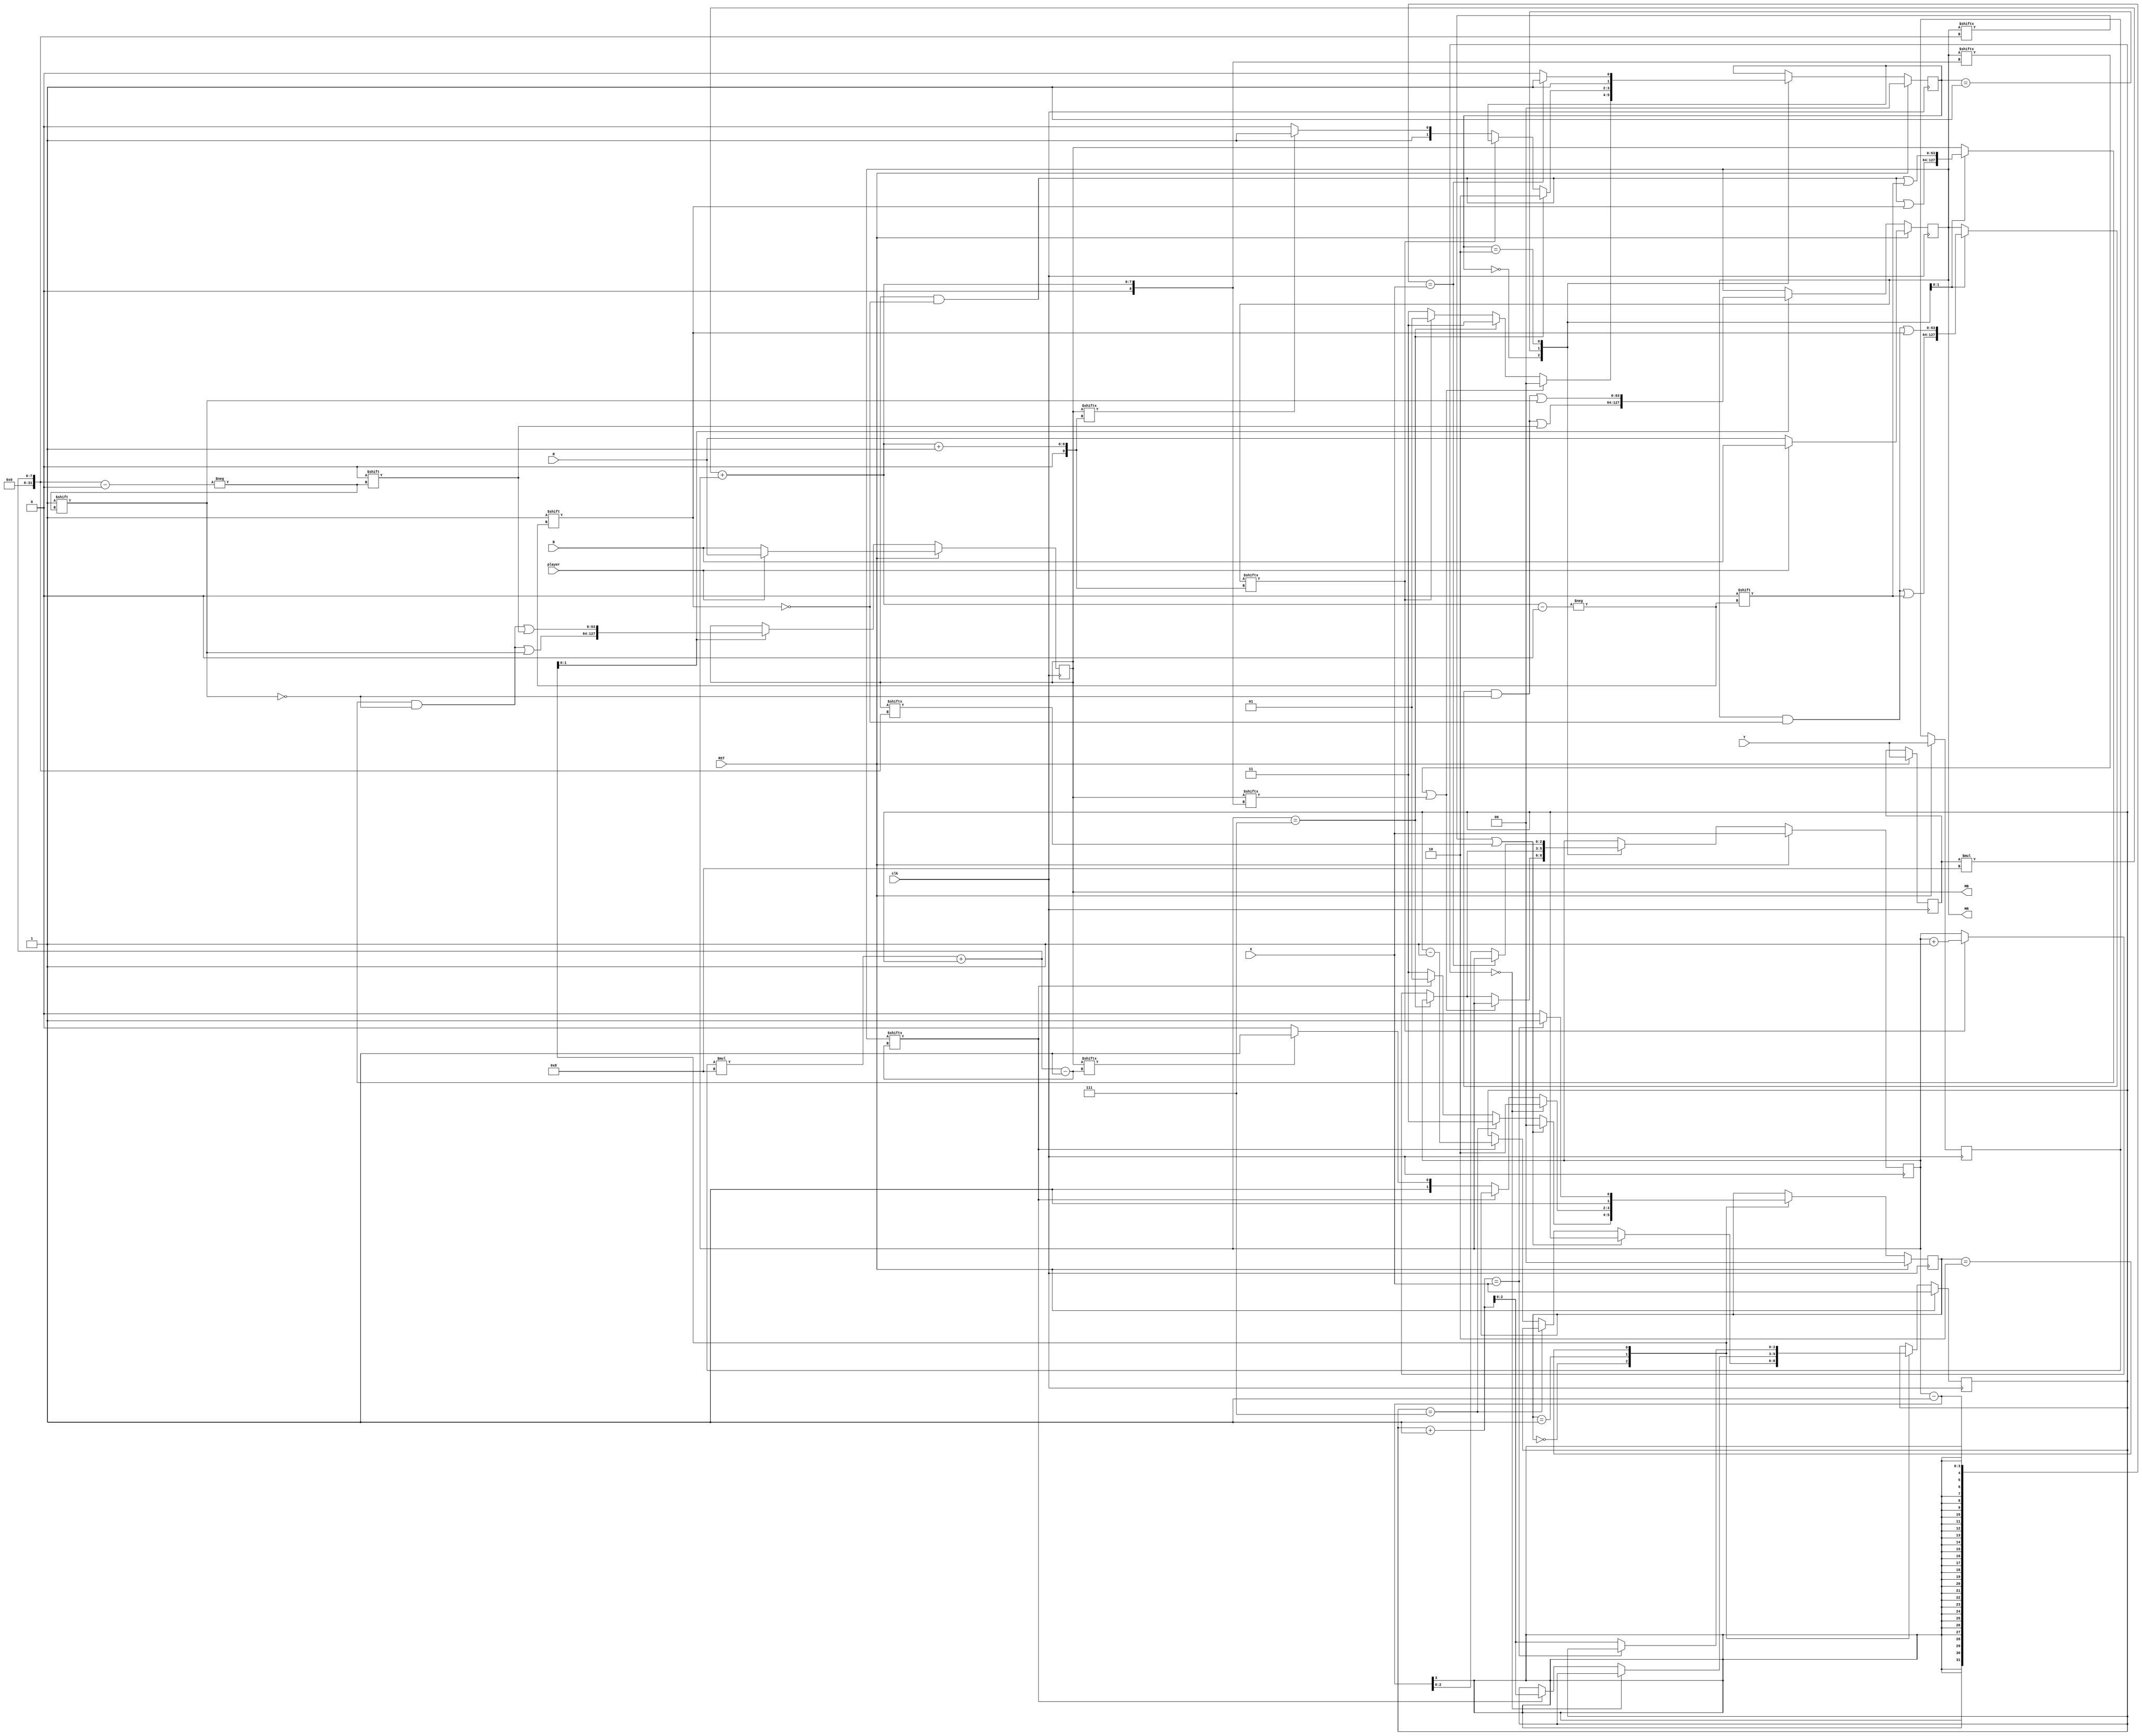
`timescale 1ns / 1ps
//////////////////////////////////////////////////////////////////////////////////
// Company: 
// Engineer: 
// 
// Design Name: 
// Module Name:    board_move 
// Project Name:   The FPGA Othello Game
// Target Devices: spartan3E
// Tool versions: 
// Description: 
//
// Dependencies: 
//
// Revision: 
// Revision 0.01 - File Created
// Additional Comments: 
//
//////////////////////////////////////////////////////////////////////////////////
module board_move(clk, B, R, X, Y, player, MB, MR, RST);
/* Input: Othello 64bit board R - red player, B - blue player*/
input [63:0] R;
input [63:0] B;

/* Input: clock signal */
input clk;

/* Input: reset signal: initializes FSM adn outputs */
input RST;

/* Input: X, Y coordinates in Othello board 8x8 */
input [2:0]  X;
input [2:0]  Y;

/* Input: current player color RED or BLUE */
input player;

/* Output: New 64bit Othello board for BLUE player (MB) and for RED player (MR)*/
output [63:0] MB;
output [63:0] MR;

/* internal: flip-flops */
/*
reg [7:0] oponent_ff_d[7:0];
reg [7:0] current_ff_d[7:0];

reg [7:0] oponent_ff_q[7:0];
reg [7:0] current_ff_q[7:0];
*/

reg [63:0] oponent_ff_d;
reg [63:0] current_ff_d;

reg [63:0] oponent_ff_q;
reg [63:0] current_ff_q;


reg [2:0] countx_ff_d;
reg [2:0] countx_ff_q;

reg [2:0] county_ff_d;
reg [2:0] county_ff_q;

reg [2:0] count2x_ff_d;
reg [2:0] count2x_ff_q;

reg [2:0] count2y_ff_d;
reg [2:0] count2y_ff_q;

/* internal: FSM state ff */
reg [1:0] state_ff_q;
reg [1:0] state_ff_d;

reg [1:0] state2_ff_q;
reg [1:0] state2_ff_d;

/* internal: FSM states */
parameter RESET  = 2'b00;
parameter FLIP   = 2'b01;
parameter WRONG  = 2'b10;
parameter FINISH = 2'b11;

/* constants */
parameter DISC_ON  = 1'b1;
parameter DISC_OFF = 1'b0;
parameter LIMIT    = 3'd7;
parameter NO_DISC  = 1'b0;
parameter RED		 = 1'b1;

/* FSM Output logic */
always @(state_ff_q or countx_ff_q or county_ff_q)
   begin
		/* oponent */
		oponent_ff_d = oponent_ff_q;
		
		/* current player */
		current_ff_d = current_ff_q;
		
		case (state_ff_q)			

			/* FLIP state: flip the pieces */
			FLIP: begin
						/* oponent will remain with no disc on that position */
						oponent_ff_d[county_ff_q*8 + countx_ff_q] = DISC_OFF;
						/* disc is ours */
						current_ff_d[county_ff_q*8 + countx_ff_q] = DISC_ON;
					end

			/* WRONG state: flip back the pieces */
			WRONG: begin
						/* give the disc back to oponent */
						oponent_ff_d[county_ff_q*8 + countx_ff_q] = DISC_ON;
						current_ff_d[county_ff_q*8 + countx_ff_q] = DISC_OFF;
					 end
						
			/* mantain the outputs */
			default: begin
							oponent_ff_d = oponent_ff_q;
							current_ff_d = current_ff_q;
						end
			 
		endcase
		
		case (state2_ff_q)			

			/* FLIP state: flip the pieces */
			FLIP: begin
						/* oponent will remain with no disc on that position */
						oponent_ff_d[count2y_ff_q*8 + count2x_ff_q] = DISC_OFF;
						/* disc is ours */
						current_ff_d[count2y_ff_q*8 + count2x_ff_q] = DISC_ON;
					end

			/* WRONG state: flip back the pieces */
			WRONG: begin
						/* give the disc back to oponent */
						oponent_ff_d[count2y_ff_q*8 + count2x_ff_q] = DISC_ON;
						current_ff_d[count2y_ff_q*8 + count2x_ff_q] = DISC_OFF;
					 end
						
			/* mantain the outputs */
			default: begin
							oponent_ff_d = oponent_ff_q;
							current_ff_d = current_ff_q;
						end
			 
		endcase
		
	end


/* FSM next state logic */
always @(state_ff_q or countx_ff_q or county_ff_q)
begin

case (state_ff_q)
	 /* RESET state, prepare to flip the discs */
	 RESET: begin
			     if ( (oponent_ff_q[county_ff_q*8 + countx_ff_q] | current_ff_q[county_ff_q*8 + countx_ff_q]) == NO_DISC )
				  /* if the square is empty */
				  begin
						if ( countx_ff_q == LIMIT )
						/* if this is the last square, nothing to flip on this direction */
						begin	
							state_ff_d = FINISH;
							countx_ff_d = countx_ff_q;
							county_ff_d = county_ff_q;
						end
						else begin
							if ( oponent_ff_q[county_ff_q*8 + countx_ff_q + 1] == DISC_ON )
							/* check if there is an oponent disc */
							begin
								/* yes, go to FLIP state, and increment X */
								state_ff_d = FLIP;	
								countx_ff_d = countx_ff_q + 1;
								county_ff_d = county_ff_q;								
							end
							else begin
								/* if no, means that we have nothing to flip => FINISH */
								state_ff_d = FINISH;
								countx_ff_d = countx_ff_q;
								county_ff_d = county_ff_q;
							end
						end
				  end
				  else begin
						/* error: should happen */
						state_ff_d = RESET;
						countx_ff_d = countx_ff_q;
						county_ff_d = county_ff_q;
				  end
			  end
	 /* FLIP state: in this state we flip the discs, and see if we still have to flip or we are finished */
    FLIP: begin
				 if (countx_ff_q == LIMIT) begin
							/* if we are here, it means that we have no disc to flanc with */
							state_ff_d = WRONG;
							countx_ff_d = countx_ff_q;
							county_ff_d = county_ff_q;
				 end
             else begin
	 				if ( oponent_ff_q[county_ff_q*8 + countx_ff_q + 1] == DISC_ON ) 
					/* if next to us is an oponent disc, mantain FLIP */
					begin
						state_ff_d = state_ff_q;						
						countx_ff_d = countx_ff_q + 1;
						county_ff_d = county_ff_q;						
					end
					else begin
						if ( current_ff_q[county_ff_q*8 + countx_ff_q + 1] == DISC_ON )
						/* if it's our color the disc next to us, we can flanc all the oponent discs, so we are finish */
						begin
							state_ff_d = FINISH;
							countx_ff_d = countx_ff_q;
							county_ff_d = county_ff_q;							
						end
						else begin
							/* if it's niether our disc or oponent's disc, means square is empty, so nothing to flip  */
							state_ff_d = WRONG;
							countx_ff_d = countx_ff_q;
							county_ff_d = county_ff_q;							
						end
					end
				 end	
			  end
	 /* WRONG state: we flip the discs back in this state */	 
	 WRONG:
			 begin
				if (countx_ff_q - 1  == X)
				/* check if we are finished */
				begin
					state_ff_d = FINISH;
					countx_ff_d = countx_ff_q;
					county_ff_d = county_ff_q;					
				end
				else begin
				/* we mantain the state, keep flipping back */
				   state_ff_d = WRONG;
					countx_ff_d = countx_ff_q - 1;
					county_ff_d = county_ff_q;					
				end
			 end
	 
    /* default state, mantain counters and state */
	 default:
	     begin
			state_ff_d = state_ff_q;
			countx_ff_d = countx_ff_q;
			county_ff_d = county_ff_q;
		  end
endcase
end

/* FSM next state logic */
always @(state2_ff_q or count2x_ff_q or count2y_ff_q)
begin

case (state2_ff_q)
	 /* RESET state, prepare to flip the discs */
	 RESET: begin
			     if ( (oponent_ff_q[count2y_ff_q*8 + count2x_ff_q] | current_ff_q[count2y_ff_q*8 + count2x_ff_q]) == NO_DISC )
				  /* if the square is empty */
				  begin
						if ( count2x_ff_q == LIMIT )
						/* if this is the last square, nothing to flip on this direction */
						begin	
							state2_ff_d = FINISH;
							count2x_ff_d = count2x_ff_q;
							count2y_ff_d = count2y_ff_q;
						end
						else begin
							if ( oponent_ff_q[count2y_ff_q*8 + count2x_ff_q - 1] == DISC_ON )
							/* check if there is an oponent disc */
							begin
								/* yes, go to FLIP state, and increment X */
								state2_ff_d = FLIP;	
								count2x_ff_d = count2x_ff_q - 1;
								count2y_ff_d = count2y_ff_q;								
							end
							else begin
								/* if no, means that we have nothing to flip => FINISH */
								state2_ff_d = FINISH;
								count2x_ff_d = count2x_ff_q;
								count2y_ff_d = count2y_ff_q;
							end
						end
				  end
				  else begin
						/* error: should happen */
						state2_ff_d = RESET;
						count2x_ff_d = count2x_ff_q;
						count2y_ff_d = count2y_ff_q;
				  end
			  end
	 /* FLIP state: in this state we flip the discs, and see if we still have to flip or we are finished */
    FLIP: begin
				 if (count2x_ff_q == 3'b0) begin
							/* if we are here, it means that we have no disc to flanc with */
							state2_ff_d = WRONG;
							count2x_ff_d = count2x_ff_q;
							count2y_ff_d = count2y_ff_q;
				 end
             else begin
	 				if ( oponent_ff_q[count2y_ff_q*8 + count2x_ff_q - 1] == DISC_ON ) 
					/* if next to us is an oponent disc, mantain FLIP */
					begin
						state2_ff_d = state2_ff_q;						
						count2x_ff_d = count2x_ff_q + 1;
						count2y_ff_d = count2y_ff_q;						
					end
					else begin
						if ( current_ff_q[count2y_ff_q*8 + count2x_ff_q - 1] == DISC_ON )
						/* if it's our color the disc next to us, we can flanc all the oponent discs, so we are finish */
						begin
							state2_ff_d = FINISH;
							count2x_ff_d = count2x_ff_q;
							count2y_ff_d = count2y_ff_q;							
						end
						else begin
							/* if it's niether our disc or oponent's disc, means square is empty, so nothing to flip  */
							state2_ff_d = WRONG;
							count2x_ff_d = count2x_ff_q;
							count2y_ff_d = count2y_ff_q;							
						end
					end
				 end	
			  end
	 /* WRONG state: we flip the discs back in this state */	 
	 WRONG:
			 begin
				if (count2x_ff_q + 1  == X)
				/* check if we are finished */
				begin
					state2_ff_d = FINISH;
					count2x_ff_d = count2x_ff_q;
					count2y_ff_d = count2y_ff_q;					
				end
				else begin
				/* we mantain the state, keep flipping back */
				   state2_ff_d = WRONG;
					count2x_ff_d = count2x_ff_q + 1;
					count2y_ff_d = count2y_ff_q;					
				end
			 end
	 
    /* default state, mantain counters and state */
	 default:
	     begin
			state2_ff_d = state2_ff_q;
			count2x_ff_d = count2x_ff_q;
			count2y_ff_d = count2y_ff_q;
		  end
endcase
end



/* clocked procedure */
always @(posedge clk)
begin
	if (RST)
	/* reset signal */
	begin
 		 state_ff_q <= RESET;
		 state2_ff_q <= RESET;
       /* we prepare the board */		
		 current_ff_q <= B;
		 oponent_ff_q <= R;

		 /* if second player is the current one, switch the matrices */
		 if ( player == RED ) begin
			 current_ff_q <= R;
			 oponent_ff_q <= B;
			

		 end

		/* prepare the counters (directions) */
		countx_ff_q <= X;
		county_ff_q <= Y;		
		
		count2x_ff_q <= X;
		count2y_ff_q <= Y;		
		
	end
	else begin
	   /* go to next state */
		state_ff_q  <= state_ff_d;
		
		/* go to next square */
		countx_ff_q <= countx_ff_d;
		county_ff_q <= county_ff_d;		

		state2_ff_q  <= state2_ff_d;
		
		/* go to next square */
		count2x_ff_q <= count2x_ff_d;
		count2y_ff_q <= count2y_ff_d;		
		
		
		/* validate outputs */
		oponent_ff_q <= oponent_ff_d;
		current_ff_q <= current_ff_d;
	
	end
end


/* continuous assignments, output Othello board 128bit */
assign MB = current_ff_q;
assign MR = oponent_ff_q;

endmodule